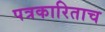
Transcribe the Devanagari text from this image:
पत्रकारिताच